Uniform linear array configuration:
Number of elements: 8
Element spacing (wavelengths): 0.75
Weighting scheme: binomial
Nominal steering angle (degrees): -15
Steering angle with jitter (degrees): -13.166
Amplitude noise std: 0.05
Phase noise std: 0.05

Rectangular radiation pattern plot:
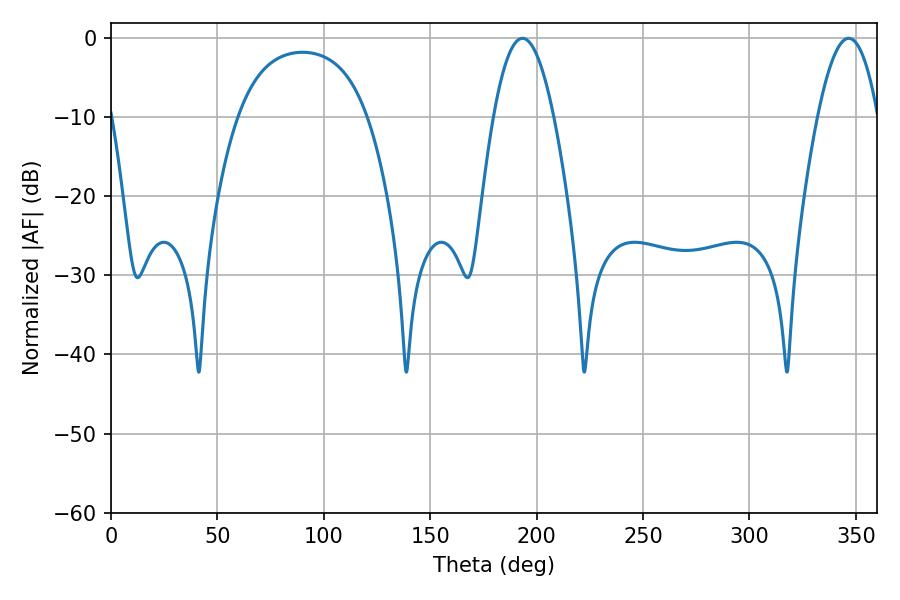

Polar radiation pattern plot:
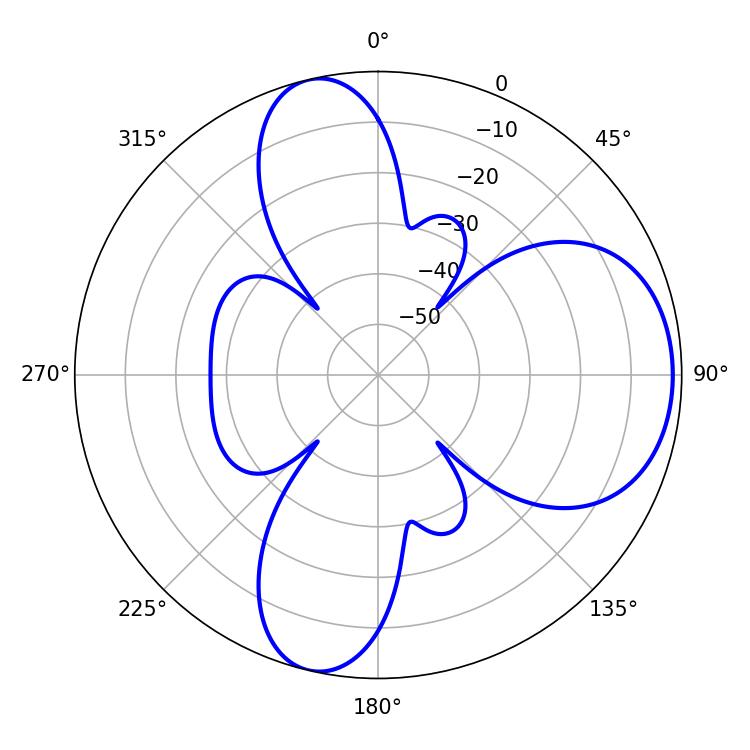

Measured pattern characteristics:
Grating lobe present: TRUE
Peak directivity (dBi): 7.835
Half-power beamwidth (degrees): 15.48
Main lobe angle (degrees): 193.32